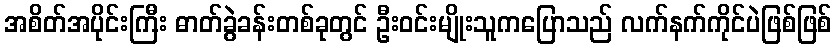
အစိတ်အပိုင်းကြီး ဓာတ်ခွဲခန်းတစ်ခုတွင် ဦးဝင်းမျိုးသူကပြောသည် လက်နက်ကိုင်ပဲဖြစ်ဖြစ်